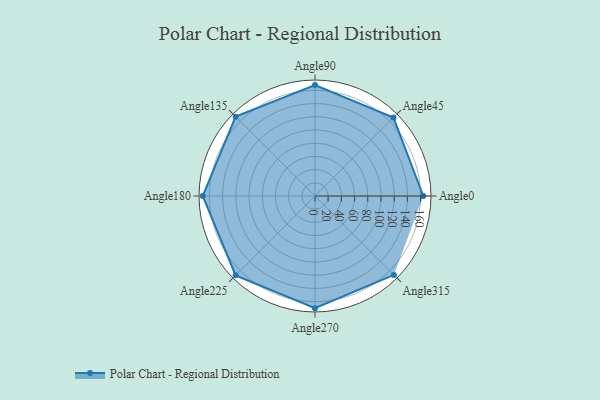
{"axis": {"x": "Angle", "y": "Radius"}, "legend": [""], "data": [{"x": "Angle0", "y": 164.0, "type": ""}, {"x": "Angle45", "y": 168.0, "type": ""}, {"x": "Angle90", "y": 168.0, "type": ""}, {"x": "Angle135", "y": 170, "type": ""}, {"x": "Angle180", "y": 170, "type": ""}, {"x": "Angle225", "y": 170, "type": ""}, {"x": "Angle270", "y": 170, "type": ""}, {"x": "Angle315", "y": 169.0, "type": ""}]}